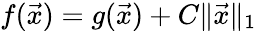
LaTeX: f({\vec{x}})=g({\vec{x}})+C\| {\vec{x}}\| _{1}